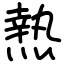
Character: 𤍠